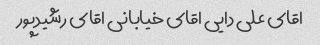
اقای علی دایی اقای خیابانی اقای رشیدپور